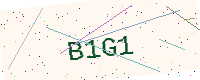
Text: B1G1